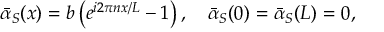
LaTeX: { \bar { \alpha } } _ { S } ( x ) = b \left( e ^ { i 2 \pi n x / L } - 1 \right) , \quad { \bar { \alpha } } _ { S } ( 0 ) = { \bar { \alpha } } _ { S } ( L ) = 0 ,